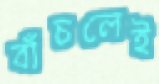
বাঁচলেই